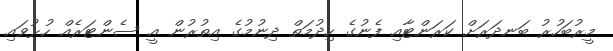
މީރުބަހުރު ބަނދަރަށް ކަރަންޓާއި ފެނުގެ ހިދުމަތް ދިނުމުގެ އިތުރުން އީ ސެންޓަރެއް ހުޅުވައި